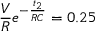
\frac { V } { R } e ^ { - \frac { t _ { 2 } } { R C } } = 0 . 2 5